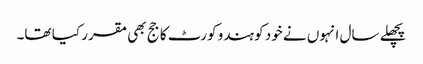
پچھلے سال انہوں نے خود کو ہندو کورٹ کا جج بھی مقرر کیا تھا۔